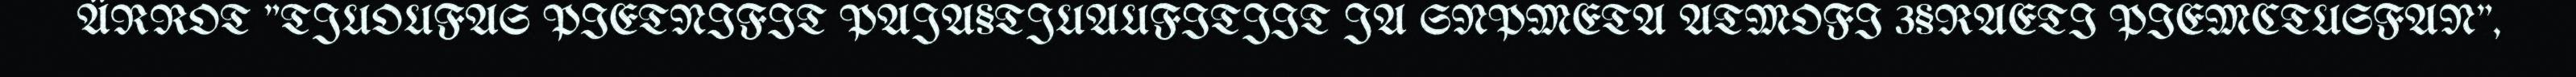
ÄRROT "TJUOUFAS PIETNIFIT PAJA§TJUAUFITJIT JA SNPMETA ATMOFI 3§RAETI PIEMCTUSFAN",